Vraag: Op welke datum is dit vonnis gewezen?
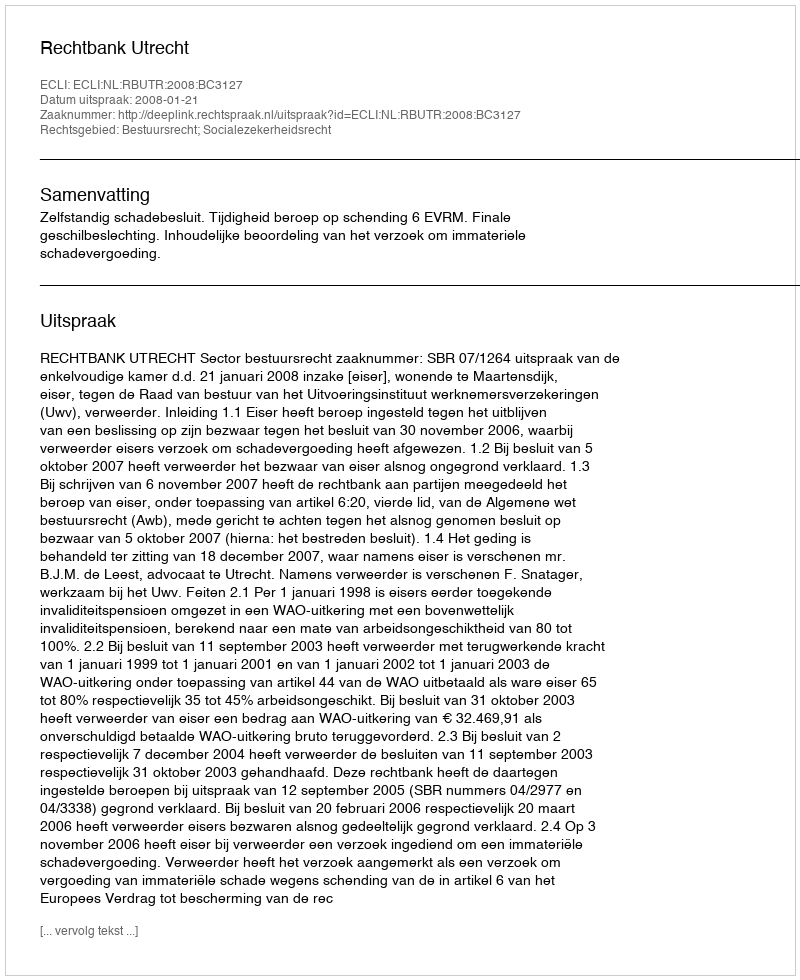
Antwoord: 2008-01-21